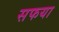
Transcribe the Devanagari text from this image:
सफया